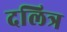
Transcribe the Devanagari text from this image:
दलित्र